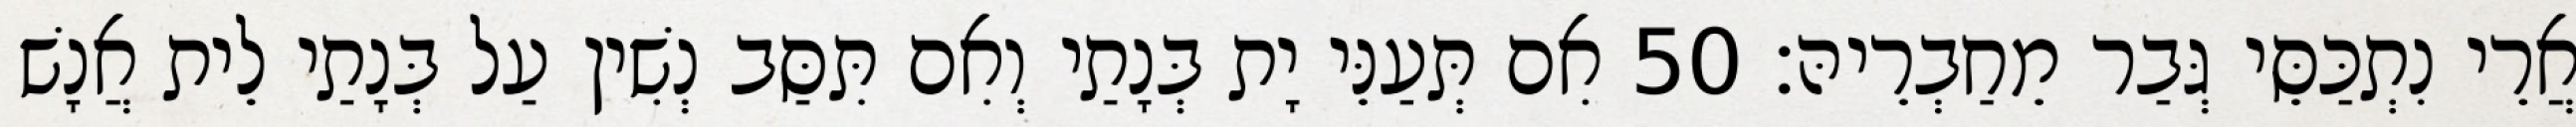
אֲרֵי נִתְכַּסֵּי גְּבַר מֵחַבְרֵיהּ׃ 50 אִם תְּעַנֵּי יָת בְּנָתַי וְאִם תִּסַּב נְשִׁין עַל בְּנָתַי לֵית אֲנָשׁ